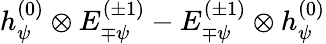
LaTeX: h_{\psi}^{(0)}\otimes E_{\mp\psi}^{(\pm 1)}-E_{\mp\psi}^{(\pm 1)}\otimes h_{\psi}^{(0)}